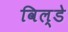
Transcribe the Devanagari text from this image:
विल्डे